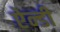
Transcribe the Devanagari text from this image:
ऐन्डी